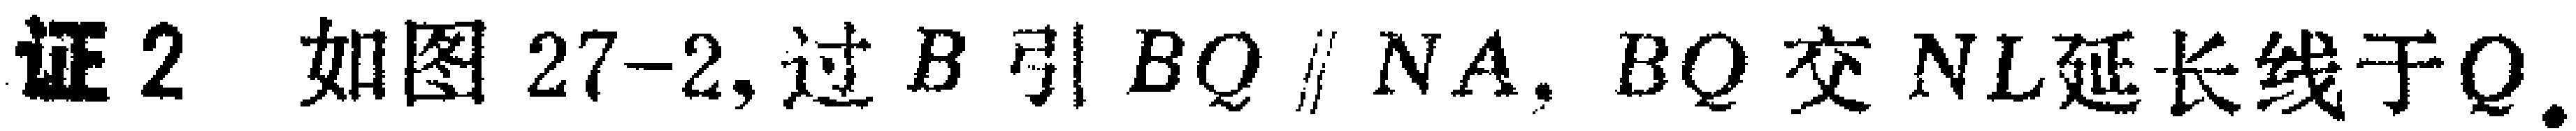
证2. 如图27-2, 过\(B\)引\(BQ\parallel NA\). \(BQ\)交\(NL\)延长线于\(Q\).